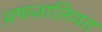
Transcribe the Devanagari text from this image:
अफज़ालियत